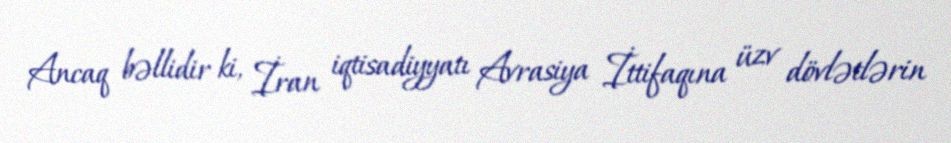
Ancaq bəllidir ki, İran iqtisadiyyatı Avrasiya İttifaqına üzv dövlətlərin